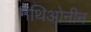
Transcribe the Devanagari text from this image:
मेथिओनीन